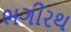
ભગીરથ